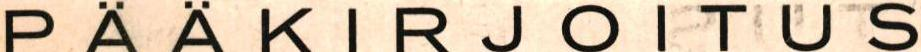
PÄÄKIRJOITUS